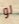
لو